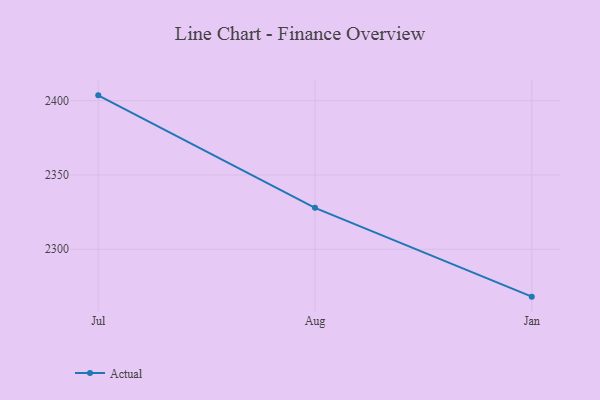
{"axis": {"x": "Month", "y": "Humidity (%)"}, "legend": ["Actual"], "data": [{"x": "Jul", "y": 2403.6, "type": "Actual"}, {"x": "Aug", "y": 2327.9, "type": "Actual"}, {"x": "Jan", "y": 2268.1, "type": "Actual"}]}